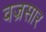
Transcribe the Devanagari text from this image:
वज्रसार